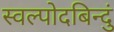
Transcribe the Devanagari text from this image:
स्वल्पोदबिन्दुं